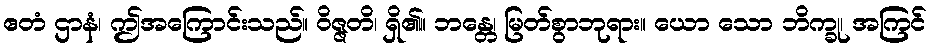
ဧတံ ဌာနံ၊ ဤအကြောင်းသည်။ ဝိဇ္ဇတိ၊ ရှိ၏။ ဘန္တေ၊ မြတ်စွာဘုရား။ ယော သော ဘိက္ခု၊ အကြင်